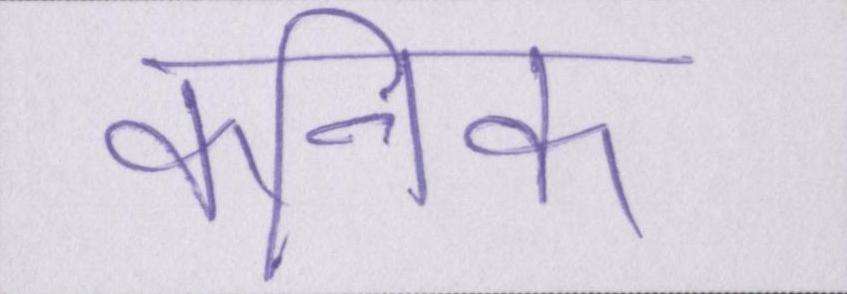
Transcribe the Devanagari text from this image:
कनिष्क